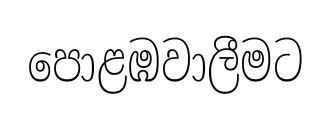
පොළඹවාලීමට